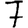
Digit: 7